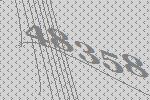
48358